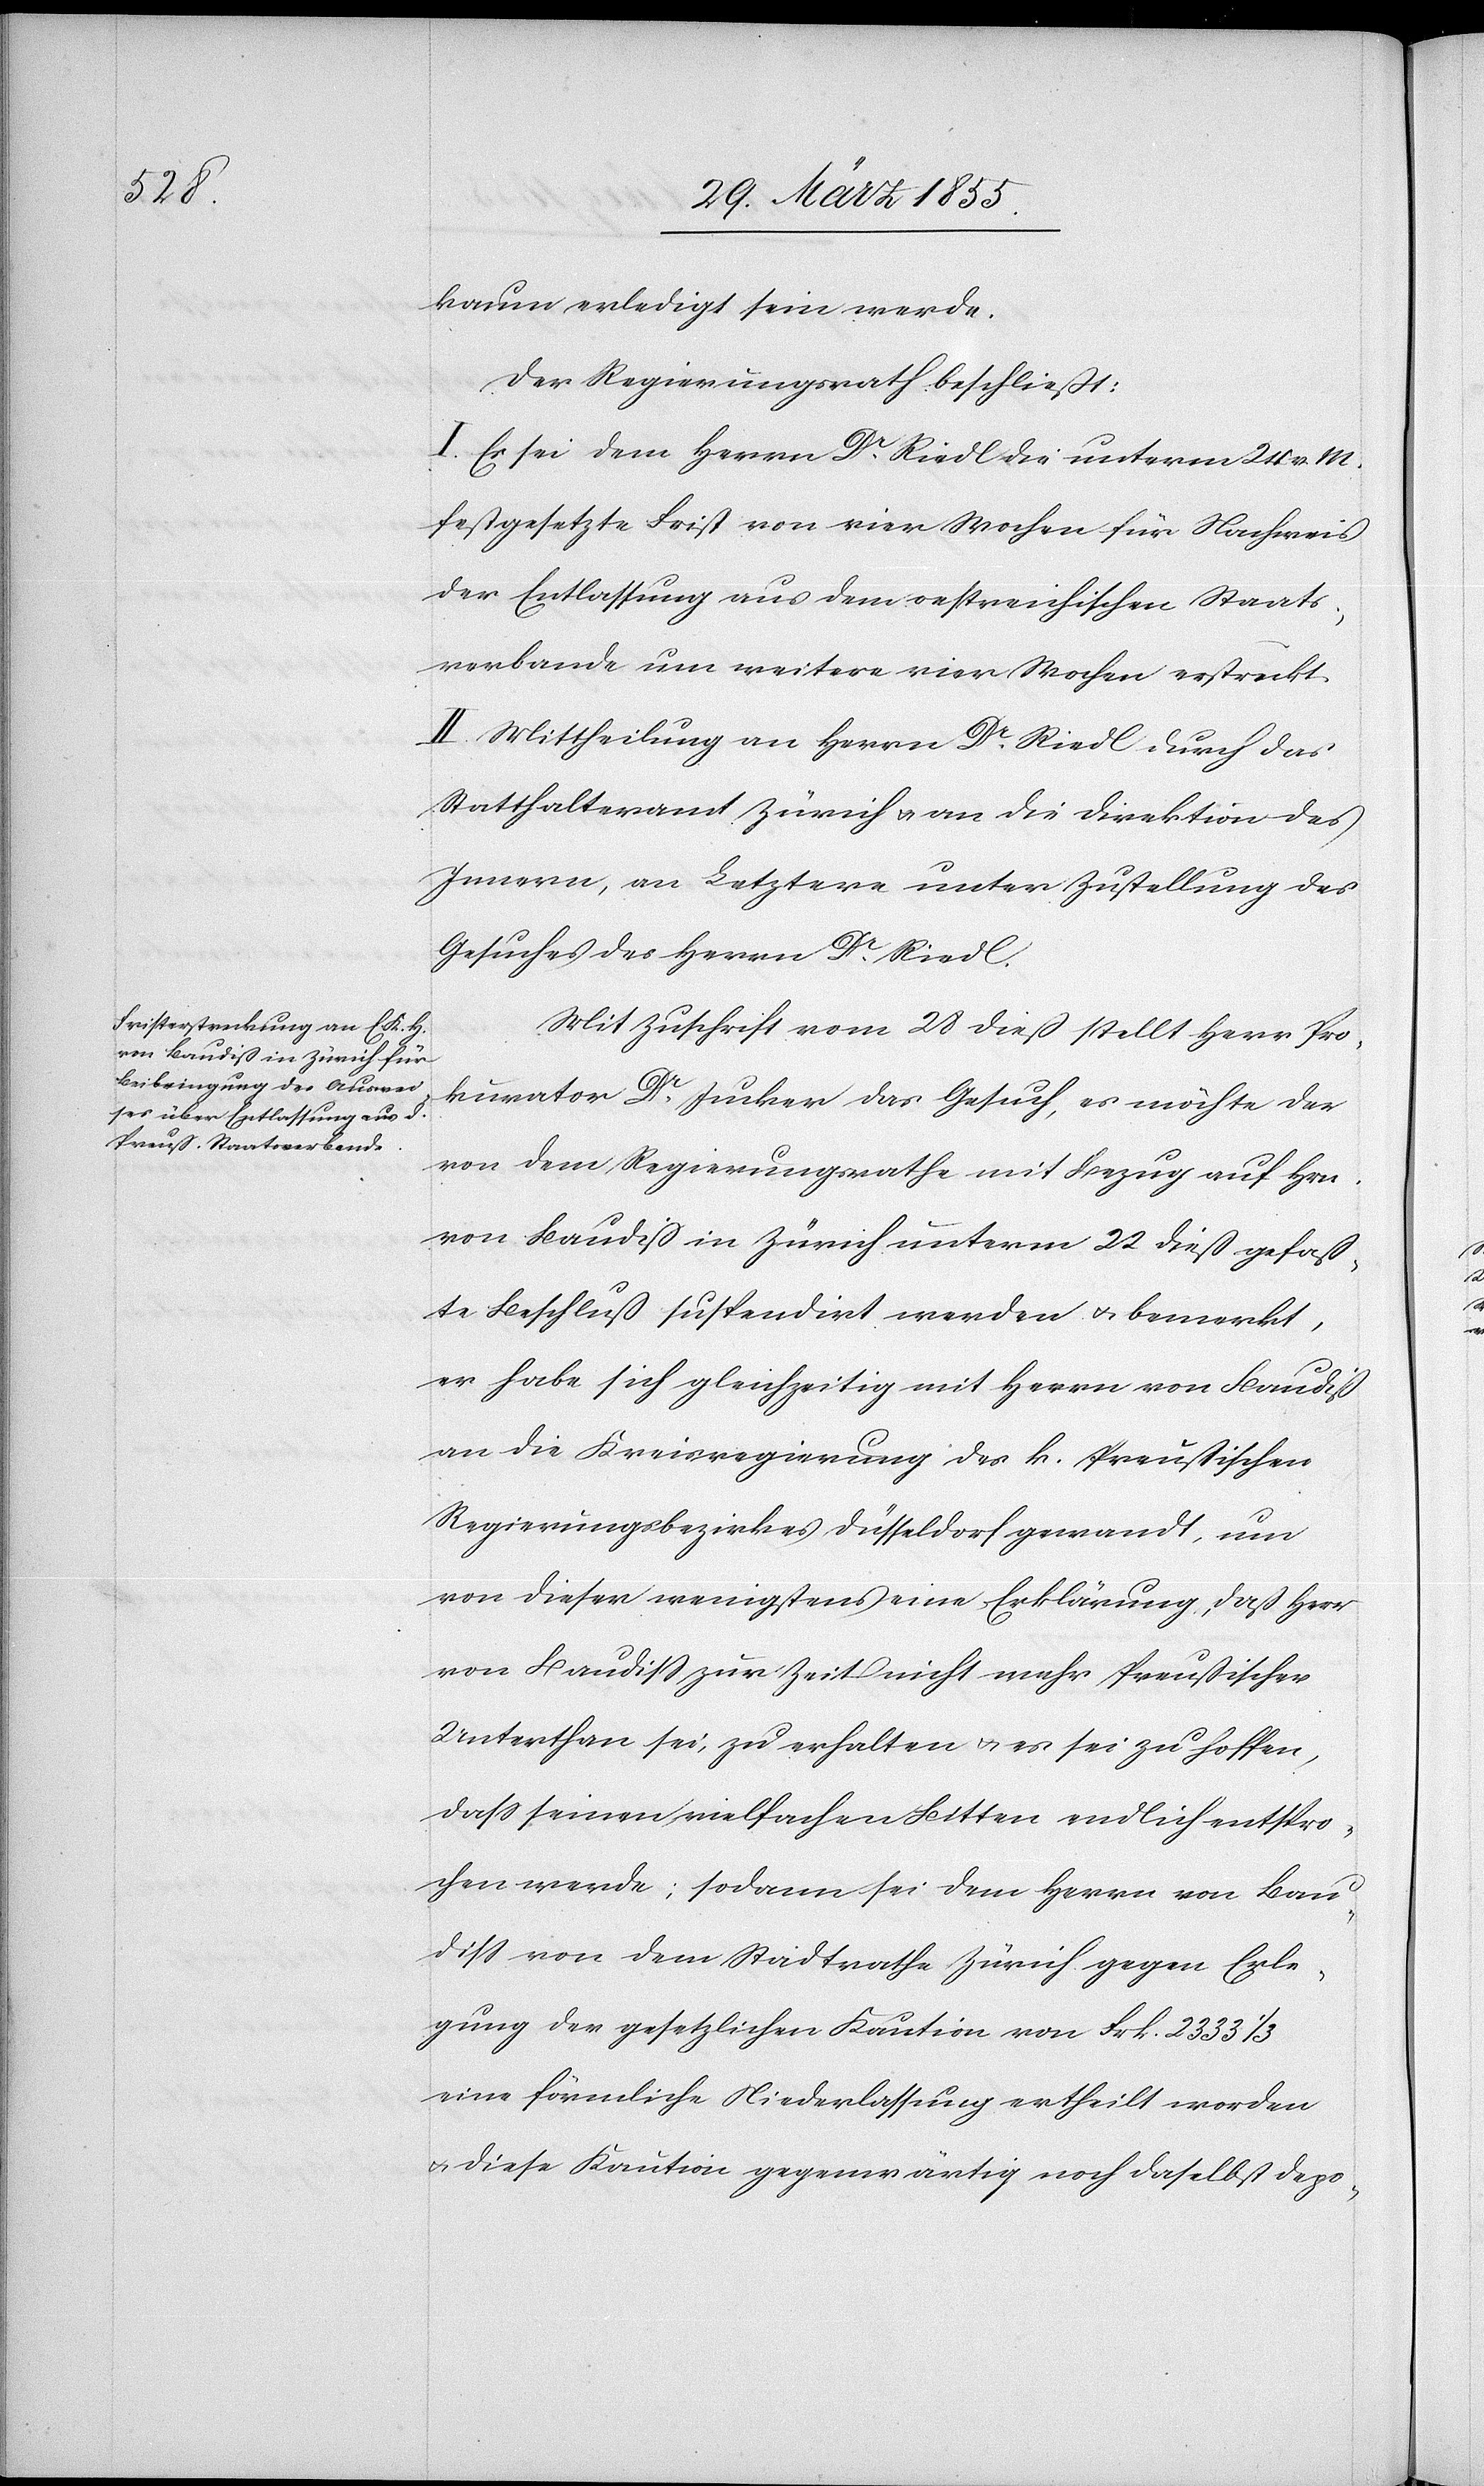
kaum erledigt sein werde.
Der Regierungsrath beschließt:
I. Es sei dem Herrn Dr. Riedl die unterm 24 v. M.
festgesetzte Frist von vier Wochen für Nachweis
der Entlassung aus dem oestreichischen Staats¬
verbande um weitere vier Wochen erstreckt.
II. Mittheilung an Herrn Dr. Riedl durch das
Statthalteramt Zürich & an die Direktion des
Innern, an Letztere unter Zustellung des
Gesuches des Herrn Dr. Riedl.
Mit Zuschrift vom 28 dieß stellt Herr Pro¬
kurator Dr. Jucker das Gesuch, es möchte der
von dem Regierungsrathe mit Bezug auf Hrn.
von Baudiß in Zürich unterm 22 dieß gefaß¬
te Beschluß suspendirt werden & bemerkt,
er habe sich gleichzeitig mit Herrn von Baudiß
an die Kreisregierung des k. Preußischen
Regierungsbezirkes Düsseldorf gewandt, um
von dieser wenigstens eine Erklärung, daß Herr
von Baudiss zur Zeit nicht mehr Preußischer
Unterthan sei, zu erhalten & es sei zu hoffen,
dass seinen vielfachen Bitten endlich entspro¬
chen werde; sodann sei dem Herrn von Bau¬
diss von dem Stadtrathe Zürich gegen Erle¬
gung der gesetzlichen Kaution von Frk. 2333 1/3
eine förmliche Niederlassung ertheilt worden
& diese Kaution gegenwärtig noch daselbst depo-